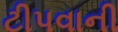
ટીપવાની